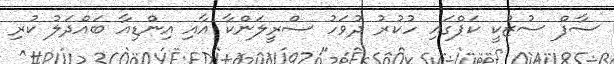
ސާފް ސުޒުކީ ކަޕްގައި ހުކުރު ދުވަހު ސްރީލަންކާ އާއި އިންޑިއާ ބައްދަލު ކުރި